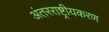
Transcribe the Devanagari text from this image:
अंतरराष्ट्रीयकरण